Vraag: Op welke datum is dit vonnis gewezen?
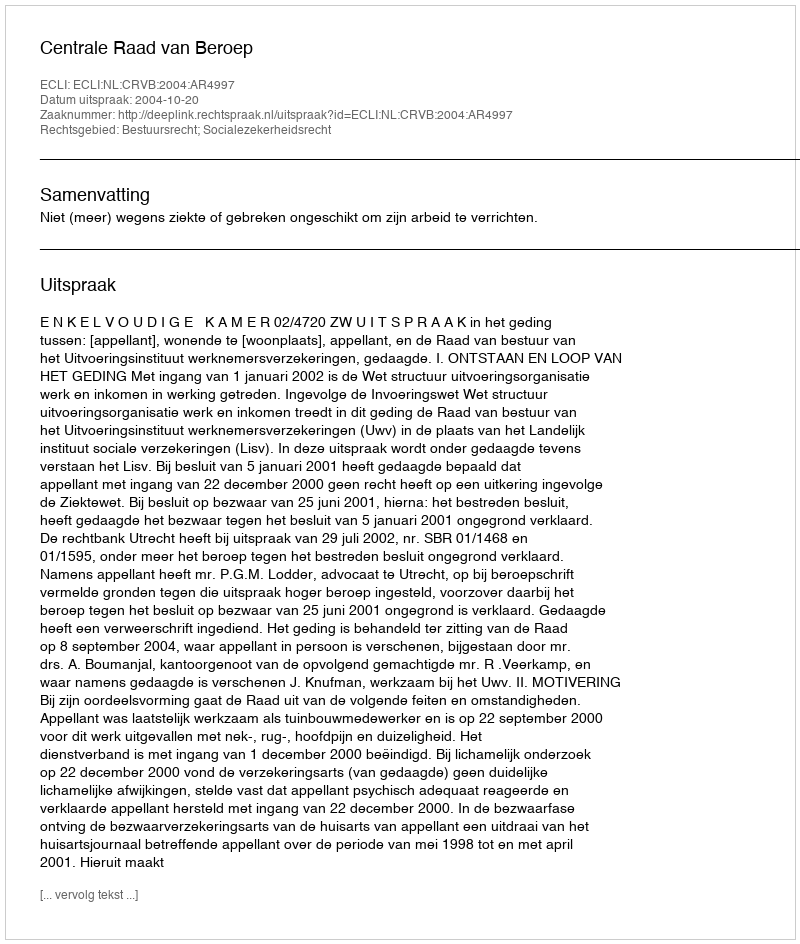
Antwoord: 2004-10-20